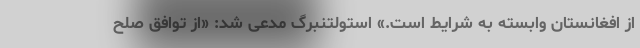
از افغانستان وابسته به شرایط است.» استولتنبرگ مدعی شد: «از توافق صلح